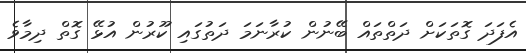
އެފަދަ ގޮތަކަށް ދަތްތައް ބޭނުން ކުރާނަމަ ދަތުގައި ކޫރުން އުޅޭ ގޮތް ދިމާވެ